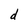
Character: d